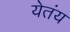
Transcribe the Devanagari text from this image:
येतंय